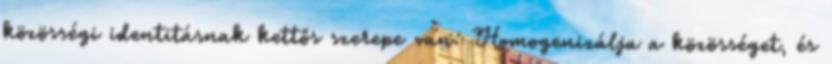
közösségi identitásnak kettős szerepe van: Homogenizálja a közösséget, és